Civil Veterinary Department. United Provinces 1932-42 - 1932-1942
Year: 1932
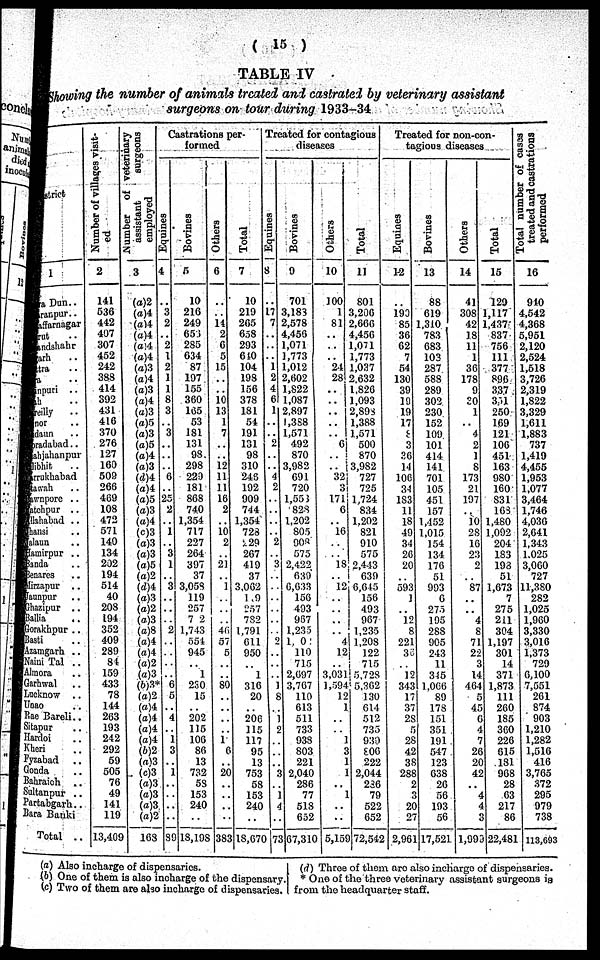
( 15 )
TABLE IV
Showing the number of animals treated and castrated by veterinary assistant
surgeons on tour during 1933-34
District
1
Dehra Dun ..
Saranpur ..
Muzaffarnagar ..
Meerut ..
Bulandshahr ..
Aligarh ..
Muttra ..
Agra ..
Mainpuri ..
Etah ..
Bareilly ..
Bijnor ..
Budaun ..
Moradabad ..
Shajahanpur ..
Pilibhit ..
Farrukhabad ..
Etawah ..
Cawnpore ..
Fatehpur ..
Allahabad ..
Jhansi ..
Jalaun ..
Hamirpur ..
Banda ..
Benares ..
Mirzapur ..
Jaunpur ..
Ghazipur ..
Ballia ..
Gorakhpur ..
Basti ..
Azamgarh ..
Naini Tal ..
Minora
Garhwal ..
Lucknow ..
Unao ..
Rae Bareli ..
Sitapur ..
Hardoi ..
Kheri ..
Fyzabad ..
Gonda ..
Bahraich
..
Sultanpur ..
Partabgarh..
Bara Banki ..
Total ..
Number of villages visit-
ed
2
141
536
442
497
307
452
242
383
414
392
431
416
370
276
127
160
509
266
469
108
472
571
140
134
292
194
514
40
203
194
352
409
289
84
159
433
78
144
263
193
242
292
59
505
76
49
141
119
13,409
Number of veterinary
assistant
surgeons
employed
3
(a)2
(a)4
(a)4
(a)4
(a)4
(a)4
(a)3
(a)4
(a)3
(a)4
(a)3
(a)5
(a)3
(a)5
(a)4
(o)3
(d)4
(a)4
(a)5
(o)3
(a)4
(c)3
(a)3
(a)3
(a)5
(a)2
(d)4
(a)3
(a)2
(o)3
(a)8
(a)4
(o)4
(a)2
(a)3
(b)3*
(o)2
(a)4
(o)4
(a)4
(o)4
(6)2
(a)3
(c)3
(a)3
(o)3
(a)3
(a2
163
Castrations per-
Equines
4
..
3
2
..
2
1
2
1
1
8
3
..
3
..
..
..
6
..
25
2
..
1
..
3
1
..
3
..
..
..
2
..
..
..
..
6
5
..
4
i
3
..
1
..
..
..
..
80
Bovines
5
10
216
249
656
285
634
87
197
155
360
165
53
181
131
93.
293
229
181
868
740
1,354
717
227
264
397
37
3,053
119
257
7 2
1,743
554
945
..
1
230
15
..
202
115
106
86
13
732
58
153
240
..
18,198
Others
6
..
..
14
2
6
5
15
..
..
10 13
1
7
..
..
12
11
11
16
2
..
10 2
..
21
..
1
..
..
..
46
57
5
..
..
80
..
..
..
..
1
6
..
20
..
..
..
..
383
Total
7
10
219
265
6.38
293
640
104
198
156
378
181
54
191
131
98
310
246
192
909
744
1,354
728
229
267
419
37
3,062
1 9
257
782
1,791
611
950
1
316
20
206
115
117
95
13
753
58
153
240
..
18,670
Treated for contagious
Equines
3
..
17 7
..
..
..
i
2
4
6
1
..
..
2
..
..
4
2
..
..
..
..
2
..
3
..
..
..
..
..
..
2
..
..
..
1
8
..
1
2
..
..
..
3
..
1
4
..
73
Bovines
9
701
3,183
2,578
4,456
1,071
1,773
1,012
2,602
1,822
1,087
2,897
1,388
1,571
492
870
3,982
691
720
1,558
82S
1,202
805
908
575
2,422
639
6,633
156
493
967
1,2.35
1, 0
110
715
2,697
3,767
110
613
511
733
938
S03
221
2,040
286
77
513
652
67,310
Others
10
100
1
81
..
..
..
24
28
..
..
....
..
..
6
..
..
32
3
171
6
..
16
..
..
18
..
12
..
..
..
..
4
12
..
3,031
1,594
12
1
..
..
1
3
1
1
..
1
..
..
5,159
Total
11
801
1,200
2,666
4,456
1,071
1,773
1,037
2.632
1,826
1,093
2,898
1,388
1,571
500
870
3,982
727
725
1,724
834
1.202
821
910
575
2,443
639
6,645
156
493
967
1,235
1,208
122
715
5,728
5,362
130
614
512
735
930
806
222
2,044
236
79
522
652
72,512
Treated for non-con-
Equines
1-2
..
193
85 1
36
62
7
54
130
39
19
19
17
8
3
26
14
106
34
1S3
11
18
49
34
26
20
..
593
1
..
12 8
221
37
12
343
17
37
28
5
28
42
38
288
2
3
20
27
2,961
Bovines
13
88
619
.310
783
683
103
287
588
289
302
230
152
109
101
414
141
701
105
451
157
1,452
1,015
154
134
176
51
993
6
275
195
288
905
243
11
345
1,066
89
178
151
351
191
547
123
638
26
56
193
56
17,521
Others
14
41
308
42
18
11
1
36
178
9
20
1
..
4
2
1
8
173
21
197
10
28
16
23
2
..
87
..
..
4
8
71
22
3
14
464
5
45
6
4
7
26
20
42
4
4
3
1,993
Total
15
129
1,117
1,437
837
756
111
377
896
337
351
250
169
121
106
451
163
980
160
831
163
1,480
1,092
204
183
193
51
1,673
7
275
211
304
1,197
301
14
371
1,873
111
260
185
360
226
615
131
968
28
63
217
86
22,48
Total number of cases
treated and castrations
performed
16
910
4,542
4,368
5,951
2,120
2,524
1,518
3,726
2,319
1,S22
3,329
1,611
1.883
737
1,419
4,455
1,953
1,077
3,464
1,746
4,036
2,641
1,343
1.025
3,060
727
11,380
282
1,025
1,960
3,330
3,016
1,373
729
6,100
7,551
261
874
903
1,210
1,282
1,516
416
3,765
372
295
979
738
113,693
(a) Also incharge of dispensaries.
(b) One of them is also incharge of the dispensary.
(c) Two of them are also incharge of dispensaries.
(d) Three of them are also incharge of dispensaries.
* One of the three veterinary assistant surgeons is
from the headquarter staff.